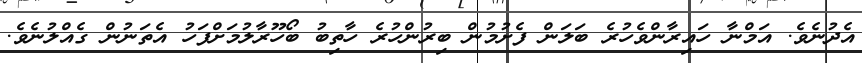
އެދުނެވެ. އަމްނާ ހައިރާންވެހުރެ ބަލަން ފެށުމުން ބިރުންހުރެ ހާތިބު ބޯހޫރާލުމަށްފަހު އެތަނުން ގެއްލުނެވެ.